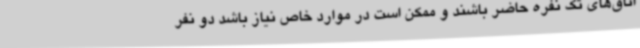
اتاق‌های تک نفره حاضر باشند و ممکن است در موارد خاص نیاز باشد دو نفر